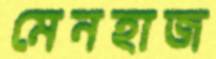
মেনহাজ